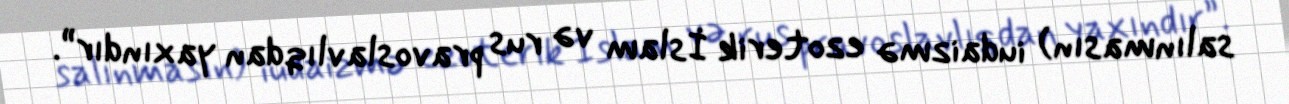
salınmasın) iudaizmə ezoterik İslam və rus pravoslavlıqdan yaxındır”.